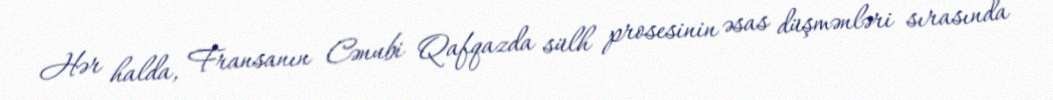
Hər halda, Fransanın Cənubi Qafqazda sülh prosesinin əsas düşmənləri sırasında